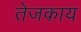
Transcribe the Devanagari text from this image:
तेजकाय